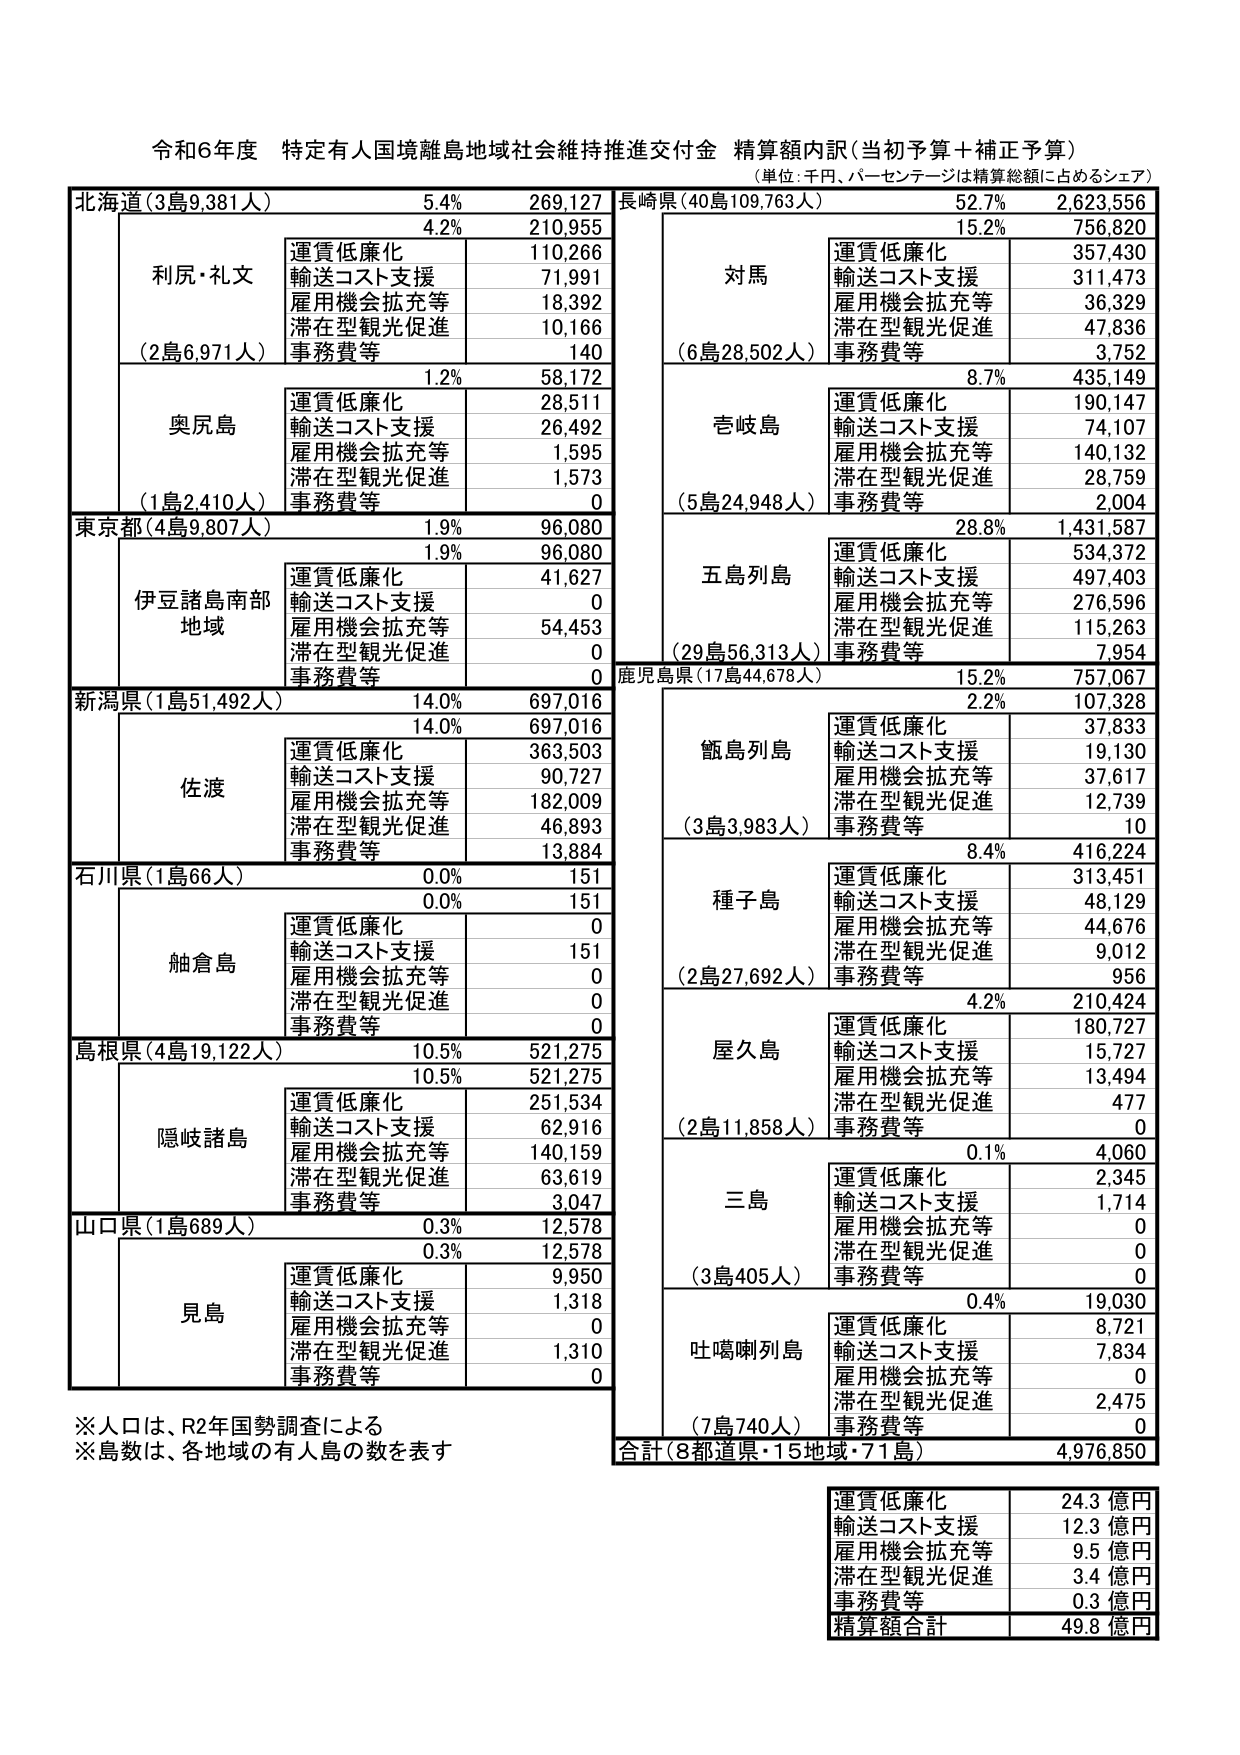
令和6年度 特定有人国境離島地域社会維持推進交付金 精算額内訳(当初予算＋補正予算)
(単位:千円、パーセンテージは精算総額に占めるシェア)

北海道(3島9,381人) 5.4% 269,127
　　4.2% 210,955
　　　　利尻・礼文
　　　　　　運賃低廉化 110,266
　　　　　　輸送コスト支援 71,991
　　　　　　雇用機会拡充等 18,392
　　　　　　滞在型観光促進 10,166
　　　　　　事務費等 140
　　(2島6,971人)
　　1.2% 58,172
　　　　奥尻島
　　　　　　運賃低廉化 28,511
　　　　　　輸送コスト支援 26,492
　　　　　　雇用機会拡充等 1,595
　　　　　　滞在型観光促進 1,573
　　　　　　事務費等 0
　　(1島2,410人)

東京都(4島9,807人) 1.9% 96,080
　　1.9% 96,080
　　　　伊豆諸島南部
　　　　　　運賃低廉化 41,627
　　　　　　輸送コスト支援 0
　　　　　　雇用機会拡充等 54,453
　　　　　　滞在型観光促進 0
　　　　　　事務費等 0
　　　　地域

新潟県(1島51,492人) 14.0% 697,016
　　14.0% 697,016
　　　　佐渡
　　　　　　運賃低廉化 363,503
　　　　　　輸送コスト支援 90,727
　　　　　　雇用機会拡充等 182,009
　　　　　　滞在型観光促進 46,893
　　　　　　事務費等 13,884

石川県(1島66人) 0.0% 151
　　0.0% 151
　　　　舳倉島
　　　　　　運賃低廉化 0
　　　　　　輸送コスト支援 151
　　　　　　雇用機会拡充等 0
　　　　　　滞在型観光促進 0
　　　　　　事務費等 0

島根県(4島19,122人) 10.5% 521,275
　　10.5% 521,275
　　　　隠岐諸島
　　　　　　運賃低廉化 251,534
　　　　　　輸送コスト支援 62,916
　　　　　　雇用機会拡充等 140,159
　　　　　　滞在型観光促進 63,619
　　　　　　事務費等 3,047

山口県(1島689人) 0.3% 12,578
　　0.3% 12,578
　　　　見島
　　　　　　運賃低廉化 9,950
　　　　　　輸送コスト支援 1,318
　　　　　　雇用機会拡充等 0
　　　　　　滞在型観光促進 1,310
　　　　　　事務費等 0

長崎県(40島109,763人) 52.7% 2,623,556
　　15.2% 756,820
　　　　対馬
　　　　　　運賃低廉化 357,430
　　　　　　輸送コスト支援 311,473
　　　　　　雇用機会拡充等 36,329
　　　　　　滞在型観光促進 47,836
　　　　　　事務費等 3,752
　　(6島28,502人)
　　8.7% 435,149
　　　　壱岐島
　　　　　　運賃低廉化 190,147
　　　　　　輸送コスト支援 74,107
　　　　　　雇用機会拡充等 140,132
　　　　　　滞在型観光促進 28,759
　　　　　　事務費等 2,004
　　(5島24,948人)
　　28.8% 1,431,587
　　　　五島列島
　　　　　　運賃低廉化 534,372
　　　　　　輸送コスト支援 497,403
　　　　　　雇用機会拡充等 276,596
　　　　　　滞在型観光促進 115,263
　　　　　　事務費等 7,954
　　(29島56,313人)

鹿児島県(17島44,678人) 15.2% 757,067
　　2.2% 107,328
　　　　甑島列島
　　　　　　運賃低廉化 37,833
　　　　　　輸送コスト支援 19,130
　　　　　　雇用機会拡充等 37,617
　　　　　　滞在型観光促進 12,739
　　　　　　事務費等 10
　　(3島3,983人)
　　8.4% 416,224
　　　　種子島
　　　　　　運賃低廉化 313,451
　　　　　　輸送コスト支援 48,129
　　　　　　雇用機会拡充等 44,676
　　　　　　滞在型観光促進 9,012
　　　　　　事務費等 956
　　(2島27,692人)
　　4.2% 210,424
　　　　屋久島
　　　　　　運賃低廉化 180,727
　　　　　　輸送コスト支援 15,727
　　　　　　雇用機会拡充等 13,494
　　　　　　滞在型観光促進 477
　　　　　　事務費等 0
　　(2島11,858人)
　　0.1% 4,060
　　　　三島
　　　　　　運賃低廉化 2,345
　　　　　　輸送コスト支援 1,714
　　　　　　雇用機会拡充等 0
　　　　　　滞在型観光促進 0
　　　　　　事務費等 0
　　(3島405人)
　　0.4% 19,030
　　　　吐噶喇列島
　　　　　　運賃低廉化 8,721
　　　　　　輸送コスト支援 7,834
　　　　　　雇用機会拡充等 0
　　　　　　滞在型観光促進 2,475
　　　　　　事務費等 0
　　(7島740人)

合計(8都道県・15地域・71島) 4,976,850

運賃低廉化 24.3 億円
輸送コスト支援 12.3 億円
雇用機会拡充等 9.5 億円
滞在型観光促進 3.4 億円
事務費等 0.3 億円
精算額合計 49.8 億円

※人口は、R2年国勢調査による
※島数は、各地域の有人島の数を表す